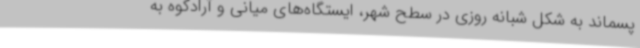
پسماند به شکل شبانه روزی در سطح شهر، ایستگاه‌های میانی و آرادکوه به